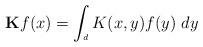
LaTeX: \begin{align*}{\bf K}f(x)=\int_{\real^d}K(x,y)f(y)\ dy\end{align*}